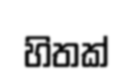
හිතක්